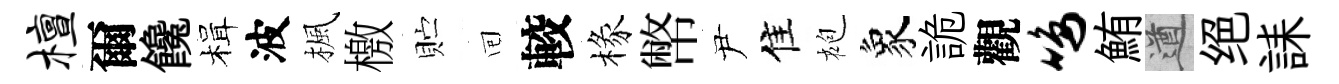
檀爾饞楫波楓檄贮囘較椽幣尹佳袍象詭觀鸣鮪遒绝誄